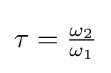
\tau ={\tfrac {\omega _{2}}{\omega _{1}}}